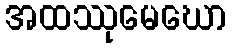
အထဿုမေဃော